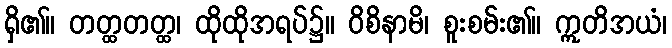
ရှိ၏။ တတ္ထတတ္ထ၊ ထိုထိုအရပ်၌။ ဝိစိနာမိ၊ စူးစမ်း၏။ ဣတိအယံ၊